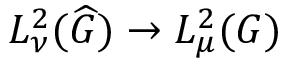
L _ { \nu } ^ { 2 } ( { \widehat { G } } ) \to L _ { \mu } ^ { 2 } ( G )